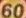
60